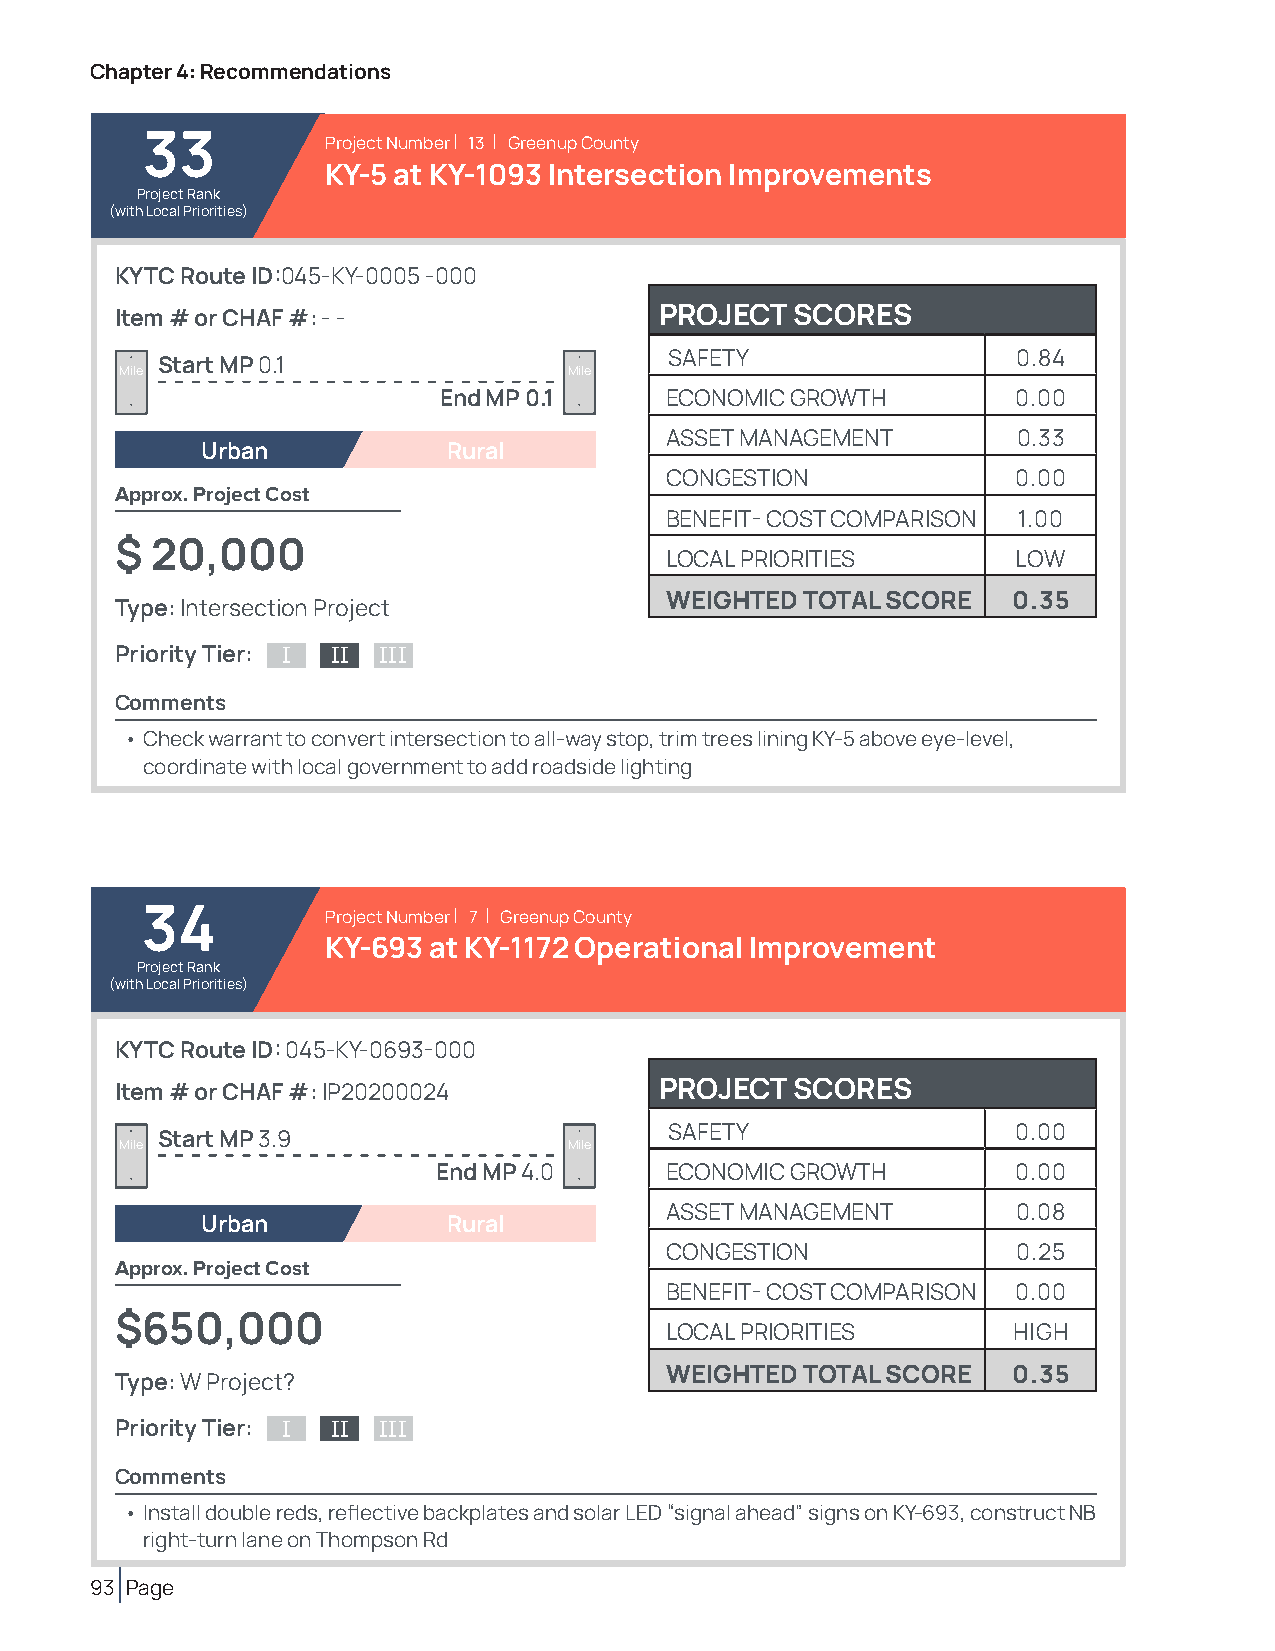
Chapter 4: Recommendations
 33           Project Number | 13 | Greenup County
 KY-5 at KY-1093 Intersection Improvements
 Project Rank
 (with Local Priorities)
 KYTC Route ID:045-KY-0005 -000
 Item # or CHAF #: - -               PROJECT  SCORES
 SAFETY                 0.84
 Start MP 0.1
 Mile                          Mile
 End MP 0.1     ECONOMIC GROWTH        0.00
 ASSET MANAGEMENT       0.33
 Urban            Rural
 CONGESTION             0.00
 Approx. Project Cost
 BENEFIT- COST COMPARISON 1.00
 $ 20,000
 LOCAL PRIORITIES       LOW
 WEIGHTED TOTAL SCORE   0.35
 Type: Intersection Project
 Priority Tier: I II III
 Comments
 • Check warrant to convert intersection to all-way stop, trim trees lining KY-5 above eye-level,
 coordinate with local government to add roadside lighting
 34           Project Number | 7 | Greenup County
 KY-693 at KY-1172 Operational Improvement
 Project Rank
 (with Local Priorities)
 KYTC Route ID: 045-KY-0693-000
 Item # or CHAF #: IP20200024        PROJECT  SCORES
 SAFETY                 0.00
 Start MP 3.9
 Mile                          Mile
 End MP 4.0     ECONOMIC GROWTH        0.00
 ASSET MANAGEMENT       0.08
 Urban            Rural
 CONGESTION             0.25
 Approx. Project Cost
 BENEFIT- COST COMPARISON 0.00
 $650,000
 LOCAL PRIORITIES       HIGH
 WEIGHTED TOTAL SCORE   0.35
 Type: W Project?
 Priority Tier: I II III
 Comments
 • Install double reds, reflective backplates and solar LED “signal ahead” signs on KY-693, construct NB
 right-turn lane on Thompson Rd
 93 Page